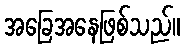
အခြေအနေဖြစ်သည်။